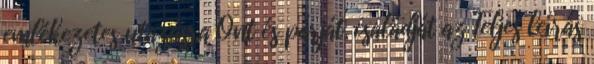
emlékezetes utazásra Önt és párját, családját az Teljes leírás